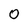
Character: O